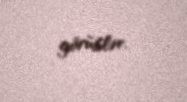
görüblər.